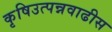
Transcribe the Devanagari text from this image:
कृषिउत्पन्नवाढीस